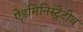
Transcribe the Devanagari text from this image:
ऐडमिनिस्ट्रेटीव